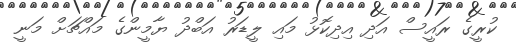
ކުރީގެ ރައީސް އަދި އިދިކޮޅު މައި ލީޑަރު އަބްދު ޔާމީންގެ މައްޗަށް މަނީ